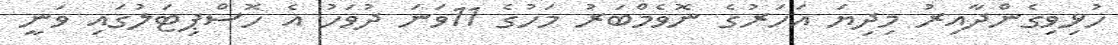
ހުޅިވިގެންދާއިރު މިދިޔަ އަހަރުގެ ނޮވެމްބަރު މަހުގެ 11ވަނަ ދުވަހު އެ ހޮސްޕިޓަލުގައި ވަނީ